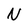
Character: N